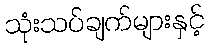
သုံးသပ်ချက်များနှင့်